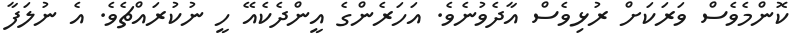
ކޮންމެވެސް ވަރަކަށް ރުޅިވެސް އާދެވުނެވެ. އަހަރެންގެ އީންދެކެއޭ ހީ ނުކުރައްޗެވެ. އެ ނުލަފާ